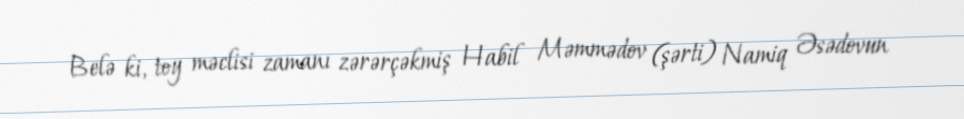
Belə ki, toy məclisi zamanı zərərçəkmiş Habil Məmmədov (şərti) Namiq Əsədovun